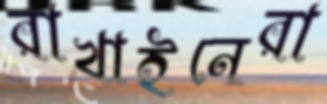
রাখাইনেরা